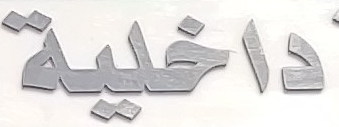
داخلية